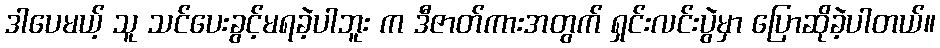
ဒါပေမယ့် သူ သင်ပေးခွင့်မရခဲ့ပါဘူး က ဒီဇာတ်ကားအတွက် ရှင်းလင်းပွဲမှာ ပြောဆိုခဲ့ပါတယ်။